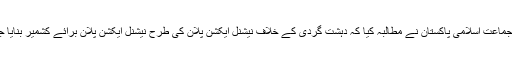
امیر جماعت اسلامی پاکستان نے مطالبہ کیا کہ دہشت گردی کے خلاف نیشنل ایکشن پلان کی طرح نیشنل ایکشن پلان برائے کشمیر بنایا جائے۔